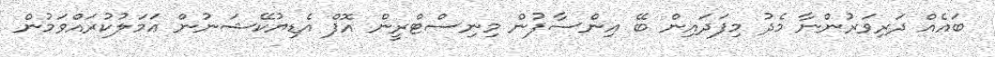
ބައެއް ދަރިވަރުންނާ މެދު މިފަދައިން ބޭ އިންސާފުން މިނިސްޓްރީން އޮފް އެޑިޔުކޭޝަނުން ޢަމަލުކުރައްވަމުން